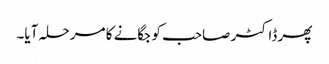
پھر ڈاکٹر صاحب کو جگانے کا مرحلہ آیا۔